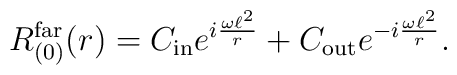
R_{(0)}^{{\rm far}}(r) = C_{\rm in} e^{i \frac{\omega \ell^2}{r}}                         + C_{\rm out} e^{-i \frac{\omega \ell^2}{r}}.